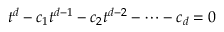
t ^ { d } - c _ { 1 } t ^ { d - 1 } - c _ { 2 } t ^ { d - 2 } - \cdots - c _ { d } = 0